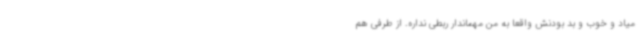
میاد و خوب و بد بودنش واقعا به من مهماندار ربطی نداره. از طرفی هم